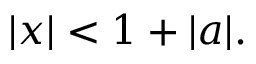
| x | < 1 + | a | .